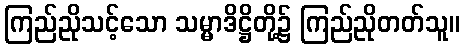
ကြည်ညိုသင့်သော သမ္မာဒိဋ္ဌိတို့၌ ကြည်ညိုတတ်သူ။